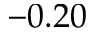
- 0 . 2 0